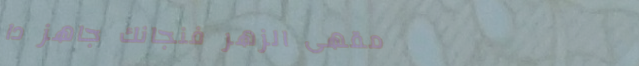
مقهى الزهر فنجانك جاهز دا